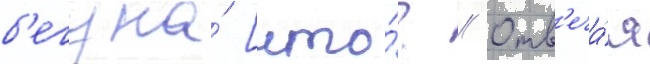
б'егуна́ [что́? // Отв'еча́я